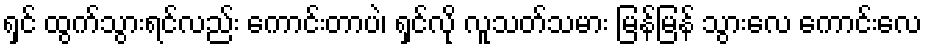
ရှင် ထွက်သွားရင်လည်း ကောင်းတာပဲ၊ ရှင်လို လူသတ်သမား မြန်မြန် သွားလေ ကောင်းလေ